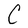
Character: C